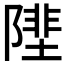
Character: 𨻼